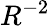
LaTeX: R^{-2}